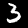
Label: 3